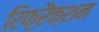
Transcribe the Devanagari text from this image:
रिफ़्रैक्शन